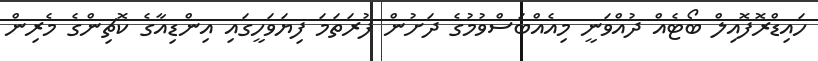
ހައިޑްރޮފޮއިލް ބޯޓެއް ދުއްވަނީ މިއެއްބަސްވުމުގެ ދަށުން ފުރަތަމަ ފިޔަވަހީގައި އިންޑިއާގެ ކޮޗިންގެ މެރިން